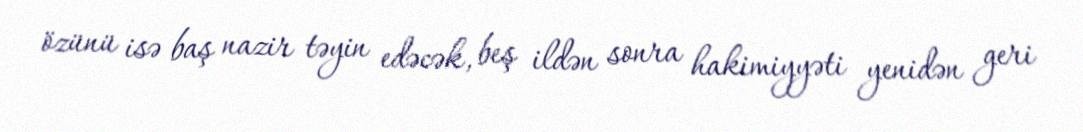
özünü isə baş nazir təyin edəcək, beş ildən sonra hakimiyyəti yenidən geri